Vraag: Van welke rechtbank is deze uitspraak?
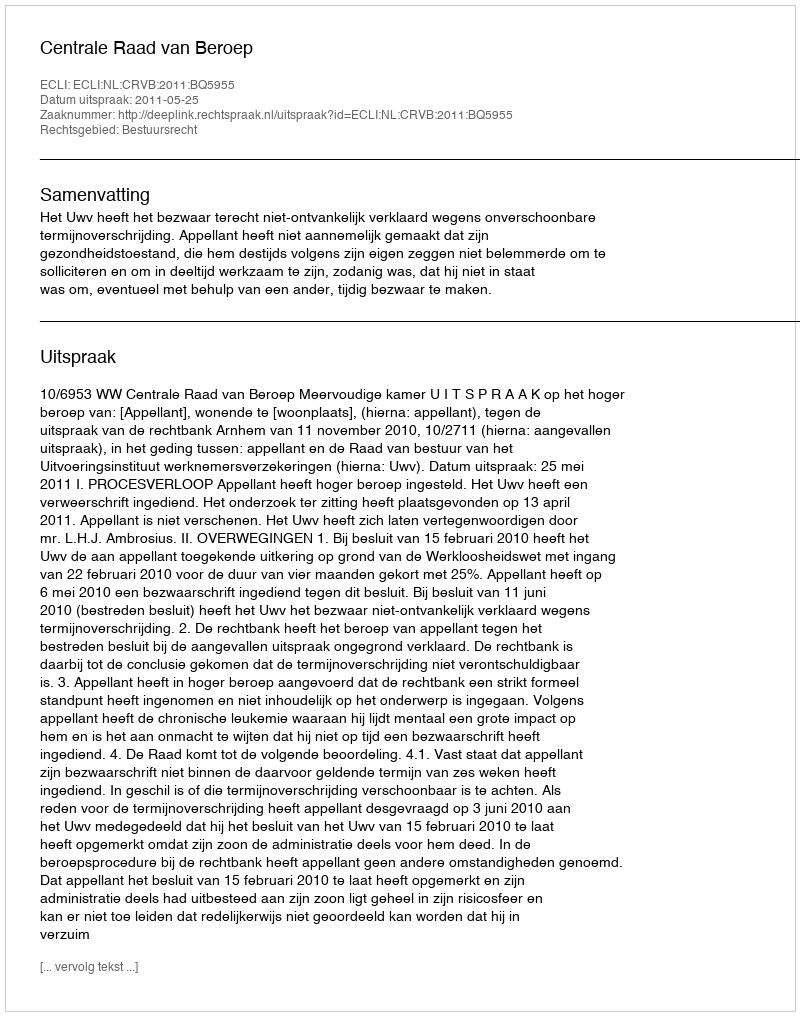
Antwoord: Centrale Raad van Beroep